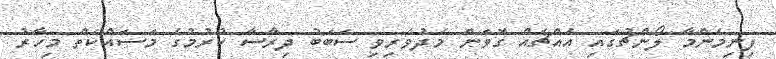
ފިނިމެންމާ ލޯންޗުގައި އެއްޗެއް ގޮވަން މެދުވެރިވި ސަބަބު ދިރާސާ ކުރުމުގެ މަސައްކަތް މިހާރު